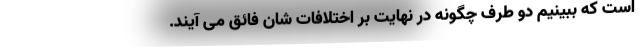
است که ببینیم دو طرف چگونه در نهایت بر اختلافات شان فائق می آیند.